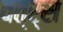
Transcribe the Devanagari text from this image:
वत्र्स